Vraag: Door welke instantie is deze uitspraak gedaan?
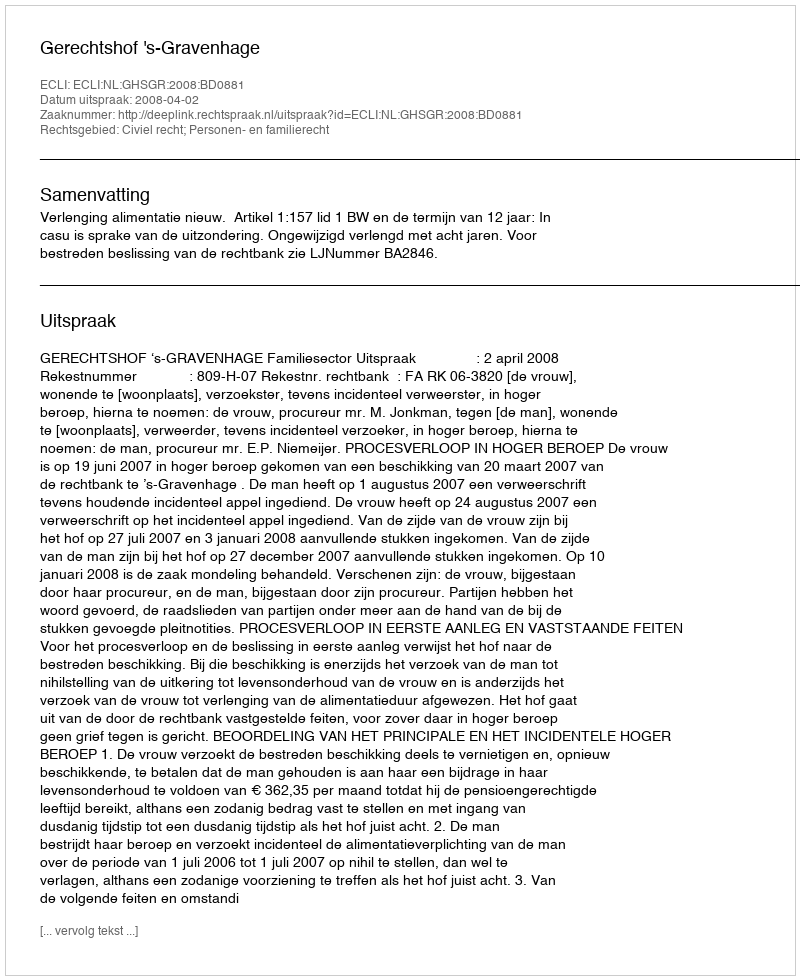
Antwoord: Gerechtshof 's-Gravenhage